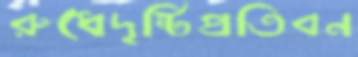
রুধেদৃষ্টিপ্রতিবন